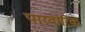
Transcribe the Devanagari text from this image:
पारवारिक